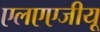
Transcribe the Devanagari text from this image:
एलएएजीयू